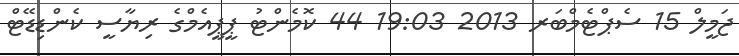
ޖަމީލް 15 ސެޕްޓެމްބަރ 2013 19:03 44 ކޮމެންޓު ޕީޕީއެމްގެ ރިޔާސީ ކެންޑިޑޭޓް